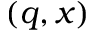
( q , x )